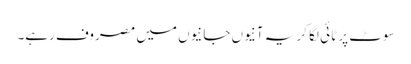
سوٹ پر ٹائی لگا کر یہ آنیوں جانیوں میں مصروف رہے۔